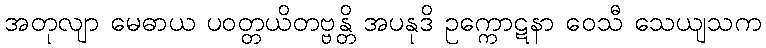
အတုလျာ မေဓာယ ပဝတ္တယိတဗ္ဗန္တိ အပနုဒိ ဥက္ကောဋနာ ဝေသီ သေယျသက